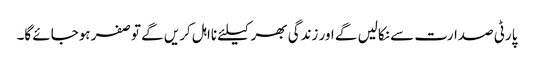
پارٹی صدارت سے نکالیں گے اور زندگی بھر کیلئے نااہل کریں گے توصفر ہوجائے گا۔